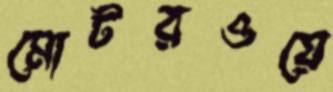
মোটরওয়ে